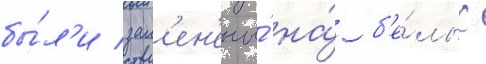
бы́л'и зам'ен'ены́ на́ б'е́лых